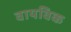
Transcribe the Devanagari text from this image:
वायविक